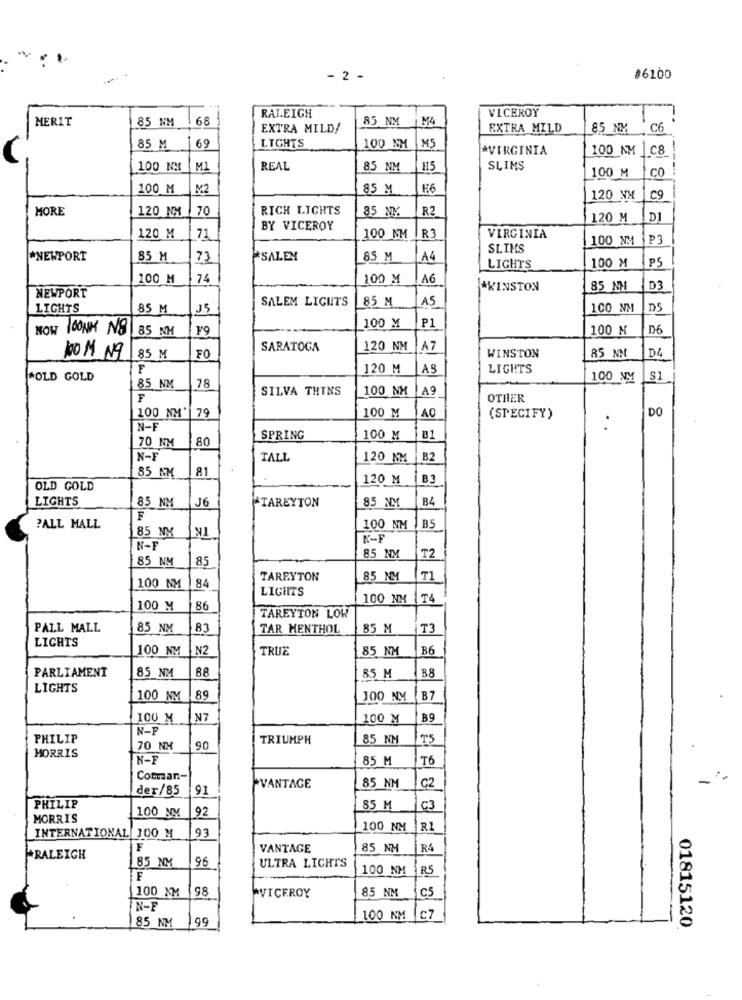
- 2 -
#6100
MERIT
85 NM
68
RALEIGH
85 NM
M4
VICEROY
EXTRA MILD/
EXTRA MILD
85 NM
C6
M5
85 M
LIGHTS
100 NM
*VIRGINIA
100 NM |C8
100 NM
M1
REAL
85 NM
H15
SLIMS
100 M
CO
100 M
M2
85 M
₭6
120 NM
C9
MORE
120 NM
70
RICH LIGHTS
85 NY
R2
120 M
DI
BY VICEROY
R3
120 M
71
100 NM
VIRGINIA
100 NM
SLIMS
*NEWPORT
85 M
73
SALEM
85 M
A4
PS
LIGHTS
100 M
100 M
74
100 M
A6
*WINSTON
85 NM
D3
NEWPORT
SALEM LIGHTS
85 M
A5
LIGHTS
85 M
35
100 NM
D5
P1
NOW LOONK NS 85 NM
100 M
100 M
D6
SARATOGA
120 NM
A7
85 NM
D4
100 M Ng
85 M
FO
WINSTON
F
120 M
AS
LIGHTS
"OLD GOLD
100 NM
S1
85 NM
78
SILVA THINS
100 NM
A9
F
OTHER
100 NM'
79
100 M
A0
DO
(SPECIFY)
.
N-F
70 NM
80
SPRING
100 M
N-
TALL
120 NM
B2
81
85 MM
120 M
BE
OLD GOLD
LIGHTS
85 NM
*TAREYTON
B4
16
85 NM
F
B5
PALL MALL
85 NM
100 NM
NI
N-1
T2
85 NM
85
85 NM
TAREYTON
85 NM
T1
100 NM
84
LIGHTS
100 NM
T4
100 M
86
TAREYTON LOW
PALL MALL
85 NM
83
TAR MENTHOL
85 M
T3
LIGHTS
100 NM
N2
TRUE
85 NM
B6
PARLIAMENT
88
B8
85 NM
85 M
LIGHTS
100 NM
89
100 NM
B7
100 M
N7
100 M
B9
N-P
PHILIP
TRIUMPH
85 NM
75
MORRIS
70 NM
90
N-
85 M
T6
Coman-
-
der/85
91
VANTAGE
85 NM
C2
PHILIP
100 NM
92
85 M
c3
MORRIS
93
100 NM
R1
INTERNATIONAL 100 M
F
VANTAGE
85 NM
R4
*RALEIGH
85 NM
96
ULTRA LIGHTS
100 NM
RS
F
100 NM
98
85 NM
C5
^VICEROY
IN-E
85 NM
199
100 NM |C7
01815120